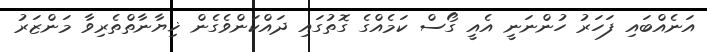
އަނެއްބައި ފަހަރު ހުންނަނީ އެއީ ގޯސް ކަމެއްގެ ގޮތުގައި ދައްކަންވެގެން ޚިޔާނާތްތެރިވާ މަންޒަރު